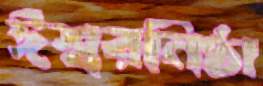
ঈশ্বরনিষ্ঠা